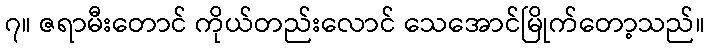
၇။ ဇရာမီးတောင် ကိုယ်တည်းလောင် သေအောင်မြိုက်တော့သည်။